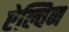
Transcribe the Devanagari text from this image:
ऐल्विन